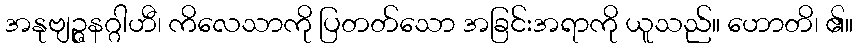
အနုဗျဉ္ဇနဂ္ဂါဟီ၊ ကိလေသာကို ပြတတ်သော အခြင်းအရာကို ယူသည်။ ဟောတိ၊ ၏။